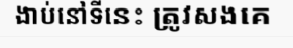
ងាប់នៅទីនេះ ត្រូវសងគេ